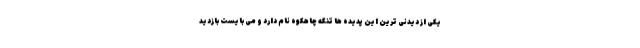
یکی از دیدنی ترین این پدیده ها تنگه چاهکوه نام دارد و می بایست بازدید